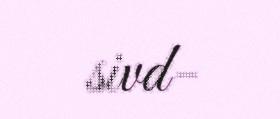
sivd-